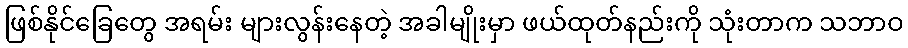
ဖြစ်နိုင်ခြေတွေ အရမ်း များလွန်းနေတဲ့ အခါမျိုးမှာ ဖယ်ထုတ်နည်းကို သုံးတာက သဘာဝ